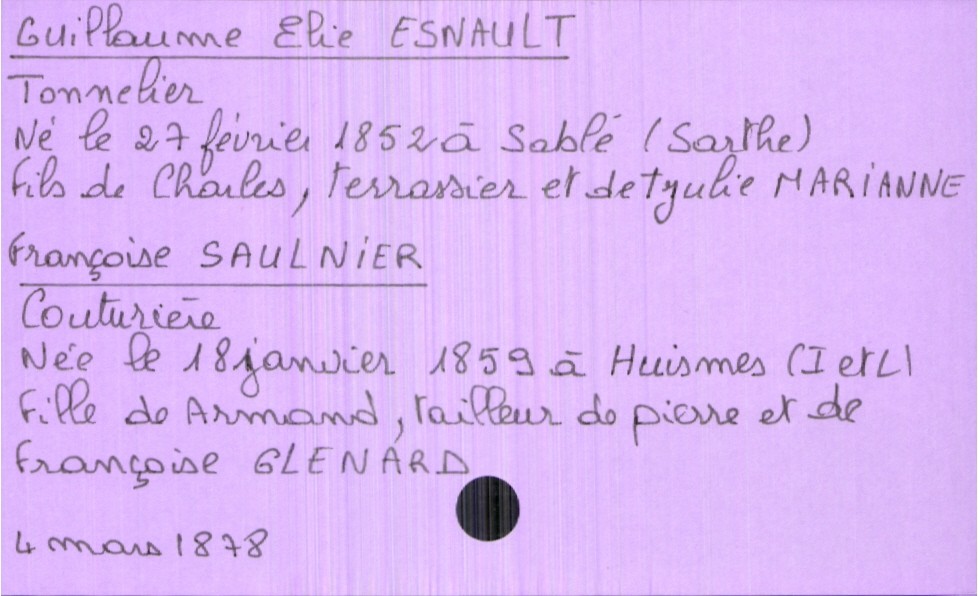
type_acte: Mariage
année: 1878
mois: mars
jour: 4
marié_nom: Esnault
marié_prénom: Guillaume Elie
marié_profession: tonnelier
marié_date_de_naissance: 27 février 1852
marié_lieu_de_naissance: Sablé (Sarthe)
père_marié_nom: Esnault
père_marié_prénom: Charles
père_marié_profession: terrassier
mère_marié_nom: Marianne
mère_marié_prénom: Julie
mère_marié_statut: décédée
mariée_nom: Saulnier
mariée_prénom: Françoise
mariée_profession: couturière
mariée_date_de_naissance: 18 janvier 1859
mariée_lieu_de_naissance: Huismes (Indre et Loire)
père_mariée_nom: Saulnier
père_mariée_prénom: Armand
père_mariée_profession: tailleur de pierre
mère_mariée_nom: Glenard
mère_mariée_prénom: Françoise